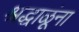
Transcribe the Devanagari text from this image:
श्रद्धाळूंना